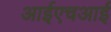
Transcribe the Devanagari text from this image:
आईएचआई